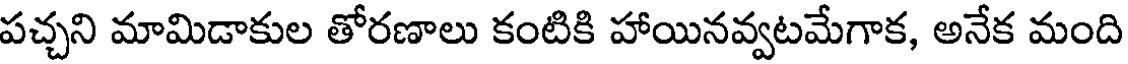
పచ్చని మామిడాకుల తోరణాలు కంటికి హాయినవ్వటమేగాక, అనేక మంది